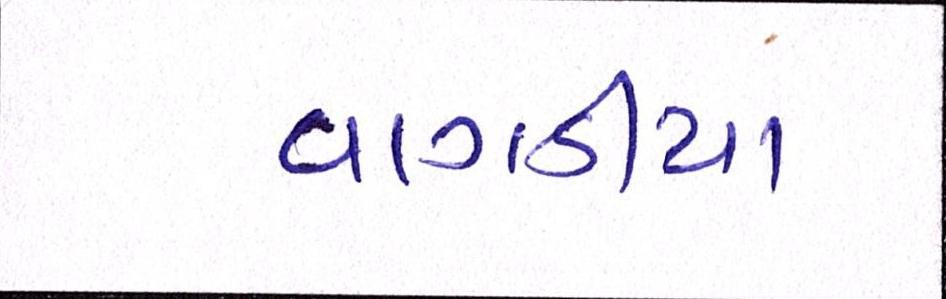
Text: વાગડીયા